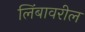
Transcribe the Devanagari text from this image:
लिंबावरील